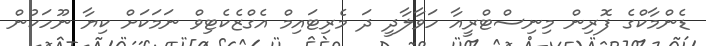
ޑެންމާކްގެ ފޮރިން މިނިސްޓްރީއާ ހަވާލާދީ ދަ މެރިޓައިމް އެގްޒެކެޓިވް ނަމަކަށް ކިޔާ ނޫހަކުން